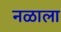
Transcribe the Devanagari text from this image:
नळाला